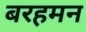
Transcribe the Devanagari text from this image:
बरहमन